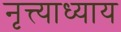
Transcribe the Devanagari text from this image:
नृत्त्याध्याय